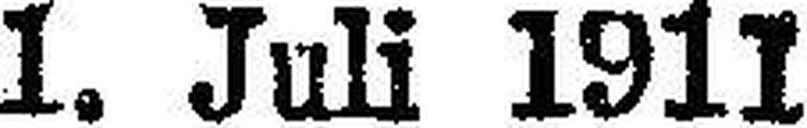
1. Juli 1911